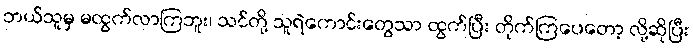
ဘယ်သူမှ မထွက်လာကြဘူး၊ သင်တို့ သူရဲကောင်းတွေသာ ထွက်ပြီး တိုက်ကြပေတော့ လို့ဆိုပြီး